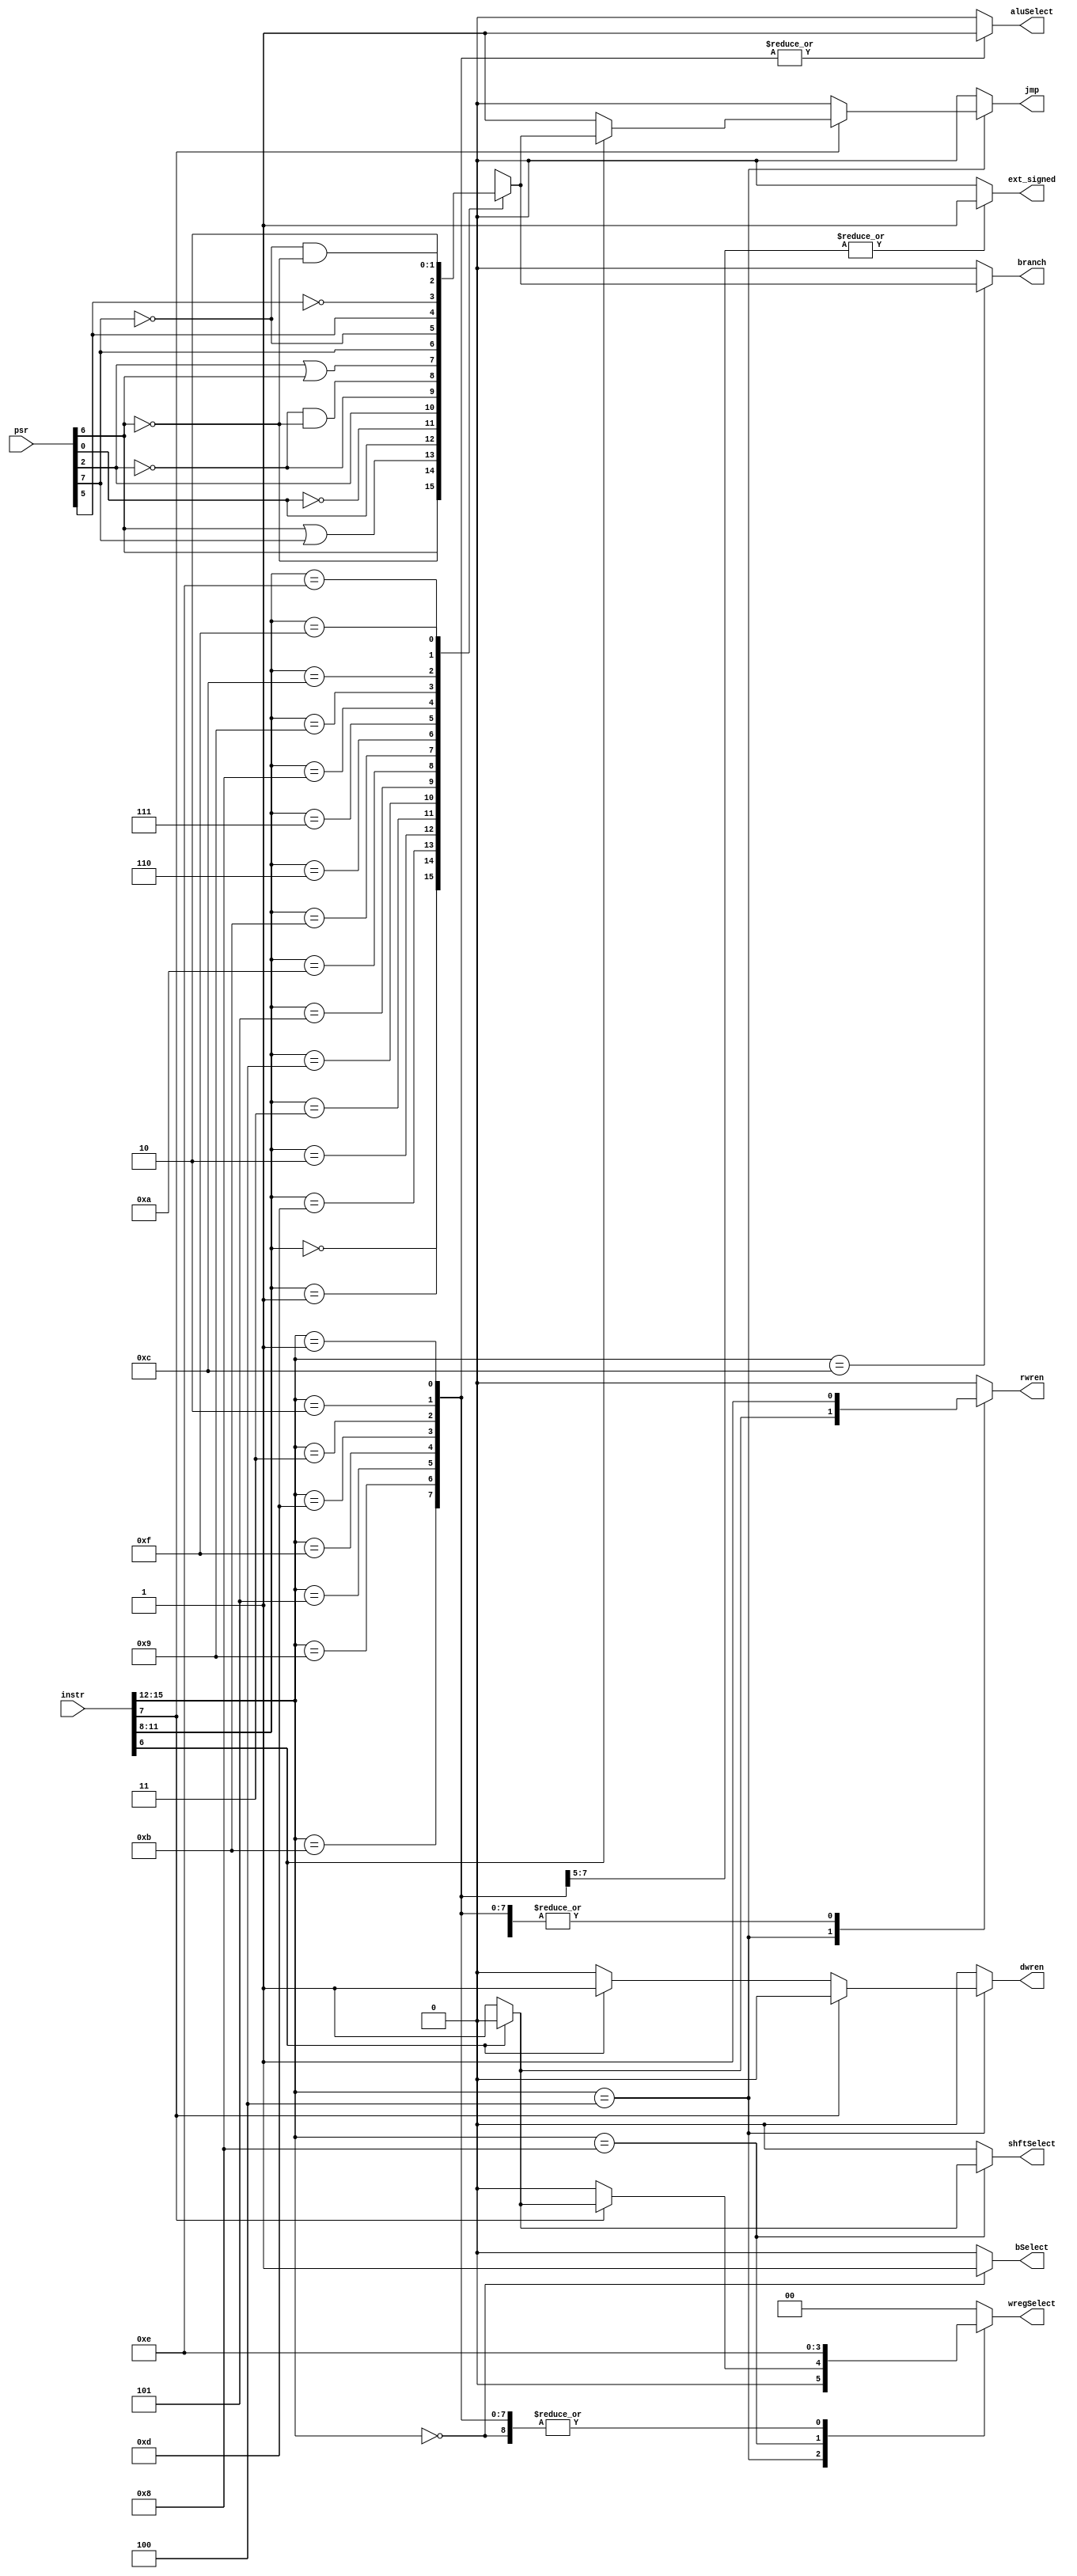
`timescale 1ns / 1ps
//////////////////////////////////////////////////////////////////////////////////
// Company: 
// Engineer: 
// 
// Design Name: 
// Module Name:    control_unit 
// Project Name: 
// Target Devices: 
// Tool versions: 
// Description: 
//
// Dependencies: 
//
// Revision: 
// Revision 0.01 - File Created
// Additional Comments: 
//
//////////////////////////////////////////////////////////////////////////////////
module control_unit(
	 output reg ext_signed,		// Sign Extend Select
	 output reg bSelect,			// ALU B input select
	 output reg shftSelect,		// Shifter Input Select
	 output reg aluSelect,		// ALU OpCode Select
	 output reg [1:0] wregSelect,	// Register File Input Select
	 output reg jmp,				// Jump Select
	 output reg branch,			// Branch Select
	 output reg rwren,				// Register File Write Enable
	 output reg dwren,				// Data Memory Write Enable
	 input [15:0] instr,		// Instruction
	 input [15:0] psr			// Program Status Registers (Flags)
    );
	
	
	reg condflag;			// Condition Flag
	wire [3:0] cond;		// Condition Select
	wire [3:0] opcode; 	// Op Code
	wire st_ld;				// Load = 0, Store = 1;
	wire mem_jmp;			// Mem = 0, Jmp = 1; 
	
	assign cond = instr[11:8];
	assign opcode = instr[15:12];
	assign st_ld = instr[6];
	assign mem_jmp = instr[7];
	
	// Sets condflag
	always @(*)
	begin
		
		// psr[0] = C;
		//	psr[2] = L;
		//	psr[5] = F;
		//	psr[6] = Z;
		//	psr[7] = N;
		
		case(cond)
			4'b0000: condflag = psr[6];	// Equal
			4'b0001: condflag = !psr[6];	// Not Equal
			4'b1101: condflag = psr[6] || psr[7];	// Greater Then or Equal
			4'b0010: condflag = psr[0];	// Carry Set
			
			4'b0011: condflag = !psr[0];	// Carry Clear
			4'b0100: condflag = psr[2];	// Higher Then
			4'b0101: condflag = !psr[2];	// Lower Then or Same As
			4'b1010: condflag = !psr[2] && !psr[6];	// Lower Then
			
			4'b1011: condflag = psr[2] || psr[6];	// Higher Then or Same As
			4'b0110: condflag = psr[7];	// Greater Then
			4'b0111: condflag = !psr[7];	// Less Then or Equal
			4'b1000: condflag = psr[5];	// Flag Set
			
			4'b1001: condflag = !psr[5];	// Flag Clear
			4'b1100: condflag = !psr[7] && !psr[6];	// Less Then
			4'b1110: condflag = 1'b1;	// Unconditional Jump
			4'b1111: condflag = 1'b0;	// Never Jump (NOP)
			
			default: condflag = 1'b0;
		endcase 
		
	end
	
	// Set control signals
	always @(*)
	begin
		
		ext_signed = 0;
		bSelect = 0;
		shftSelect = 0;
		aluSelect = 0;
		wregSelect = 2'b00;
		jmp = 0;
		branch = 0;
		rwren = 0;
		dwren = 0;
		
	
		case(opcode)
			4'b0000:	 begin
							 bSelect = 1;				// Select Register B Output as B input to ALU
							 aluSelect = 0;			// Get ALU opcode from [7:4]
							 wregSelect = 2'b10;		// Select ALU output
							 rwren = 1;					// Write to Register
						 end
						 
			4'b0100:  if(mem_jmp) begin
							 if(st_ld) begin			// Jcond.
								jmp = condflag;		// Jump if condflag is set.
							 end
							 else begin					// JAL
								jmp = 1'b1;				// Jump unconditionally.
								rwren = 1'b1;			// Register Write is Enabled.
								wregSelect = 2'b01;	// Program counter is written to register file to link.
							 end
						 end
						 else begin
							 if(st_ld) begin			// If Store
								dwren = 1;				// Enable Write to Data Memory
							 end
							 else begin					// If Load
								wregSelect = 2'b00;	// Select Data Memory output to write to register file.
								rwren = 1;				// Enable Register Write
							 end
						 end
						 
			
			4'b1100:	 branch = condflag;		// Bcond. Branch if condflag is set.
			
			4'b1000:  begin
							 rwren = 1;					// Enable Register File Write
							 wregSelect = 2'b11;		// Select Shifter Output to Write
							 if(st_ld) begin			// LSH.
								shftSelect = 0;		// Select Register for ShftAmount
							 end
							 else begin					// LSHI.
								shftSelect = 1;		// Select Immediate for ShftAmount
							 end
						 end
			
			4'b0101, 4'b1001, 4'b1011: 			// Immediate ALU Ops with Sign Extension
						 begin
							rwren = 1;				// Enable Register File Write
							wregSelect = 2'b10;	// Select ALU output as Register File Write Input.
							aluSelect = 1;			// Get ALU opcode from instr[15:12]
							bSelect = 0;			// Select Immediate Input for ALU B Input.
							ext_signed = 1;		// Sign Extended Immediate.
						 end
			
			4'b0001, 4'b0010, 4'b0011, 4'b1101, 4'b1111:
						 begin
							rwren = 1;				// Enable Register File Write
							wregSelect = 2'b10;	// Select ALU output as Register File Write Input.
							aluSelect = 1;			// Get ALU opcode from instr[15:12]
							bSelect = 0;			// Select Immediate Input for ALU B Input.
							ext_signed = 0;		// Zero Extended Immediate.			
						 end
		
			default:  begin
							// Do Nothing.
						 end
		endcase
	
	end
	


endmodule